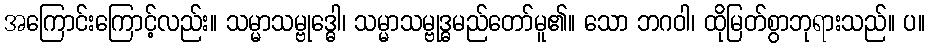
အကြောင်းကြောင့်လည်း။ သမ္မာသမ္ဗုဒ္ဓေါ၊ သမ္မာသမ္ဗုဒ္ဓမည်တော်မူ၏။ သော ဘဂဝါ၊ ထိုမြတ်စွာဘုရားသည်။ ပ။